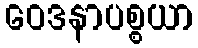
ဝေဒနာပစ္စယာ